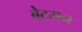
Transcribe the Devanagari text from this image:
बेट्सन